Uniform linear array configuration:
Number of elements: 12
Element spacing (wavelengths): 0.5
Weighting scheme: binomial
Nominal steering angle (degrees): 45
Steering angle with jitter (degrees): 44.921
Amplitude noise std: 0.05
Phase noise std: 0.05

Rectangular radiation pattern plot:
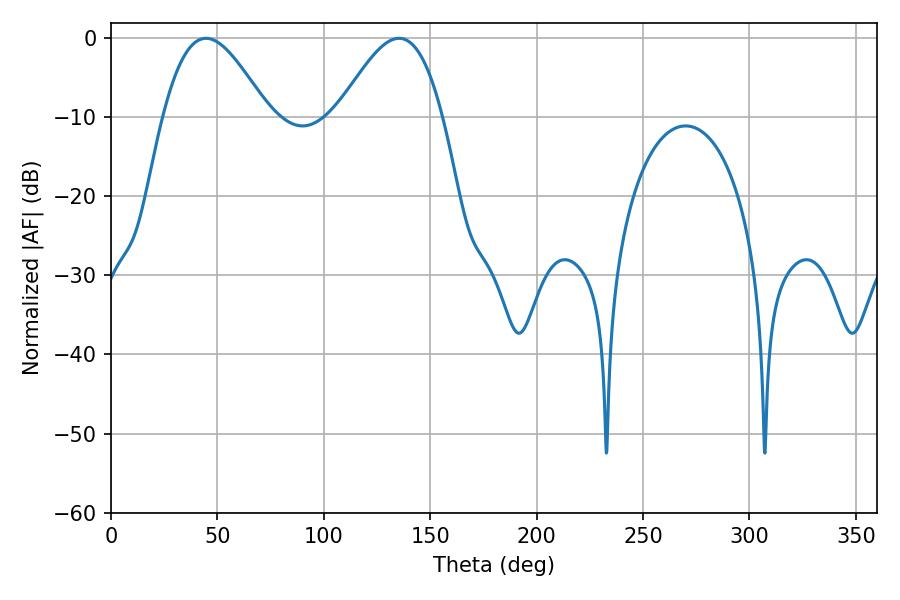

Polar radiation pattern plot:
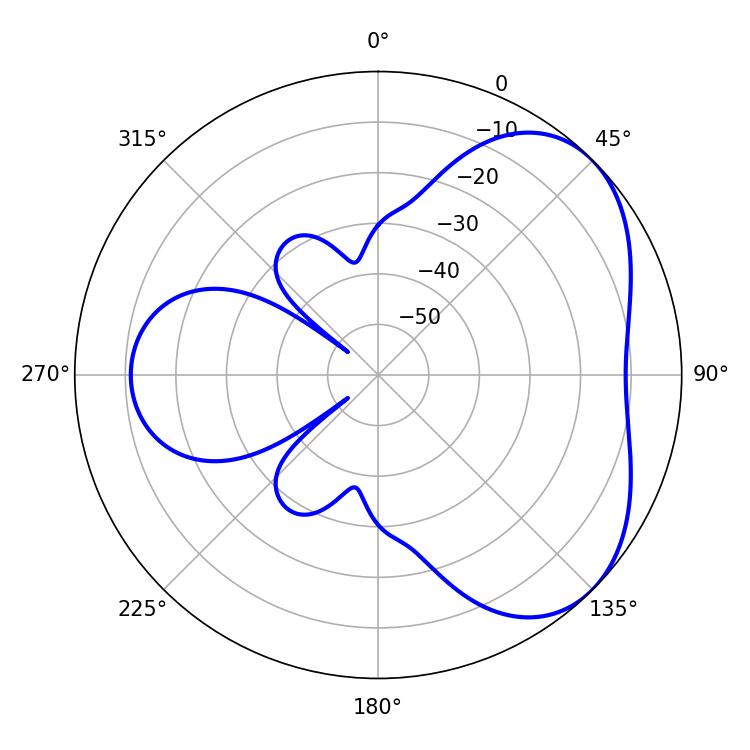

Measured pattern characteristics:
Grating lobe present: FALSE
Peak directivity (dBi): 4.416
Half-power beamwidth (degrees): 26.46
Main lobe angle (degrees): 44.64